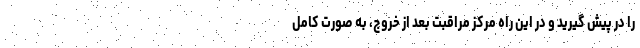
را در پیش گیرید و در این راه مرکز مراقبت بعد از خروج، به صورت کامل